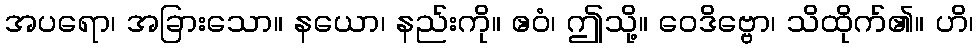
အပရော၊ အခြားသော။ နယော၊ နည်းကို။ ဧဝံ၊ ဤသို့။ ဝေဒိဗ္ဗော၊ သိထိုက်၏။ ဟိ၊